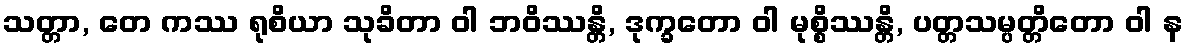
သတ္တာ, တေ ကဿ ရုစိယာ သုခိတာ ဝါ ဘဝိဿန္တိ, ဒုက္ခတော ဝါ မုစ္စိဿန္တိ, ပတ္တသမ္ပတ္တိတော ဝါ န